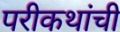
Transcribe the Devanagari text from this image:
परीकथांची